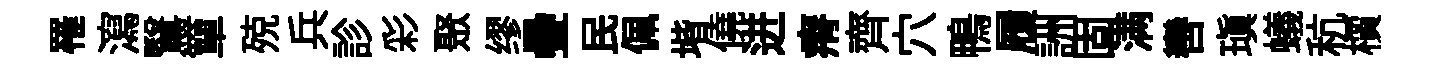
罹瀉鷖簞殑兵診彩聚缪疊民佩堦僥进瘠齊穴鴨履詶固满轡瑱蟻秔檟